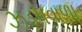
ઝડપવાળા